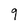
Character: 9